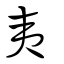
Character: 夷